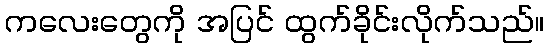
ကလေးတွေကို အပြင် ထွက်ခိုင်းလိုက်သည်။